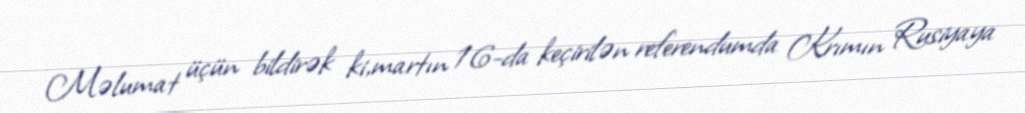
Məlumat üçün bildirək ki,martın 16-da keçirilən referendumda Krımın Rusiyaya